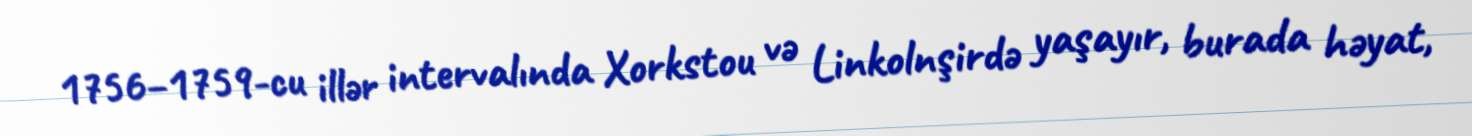
1756–1759-cu illər intervalında Xorkstou və Linkolnşirdə yaşayır, burada həyat,